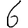
Digit: 6